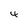
Character: 4